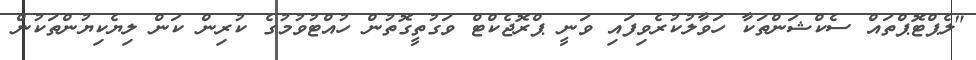
"ލެޕްޓޮޕްތައް ސެކްޝަންތަކާ ހަވާލުކުރެވިފައި ވަނީ ޕްރޮޖެކްޓް ވަގުތީގޮތުން ހުއްޓުވުމުގެ ކުރިން ކަން ލިޔެކިޔުންތަކުން